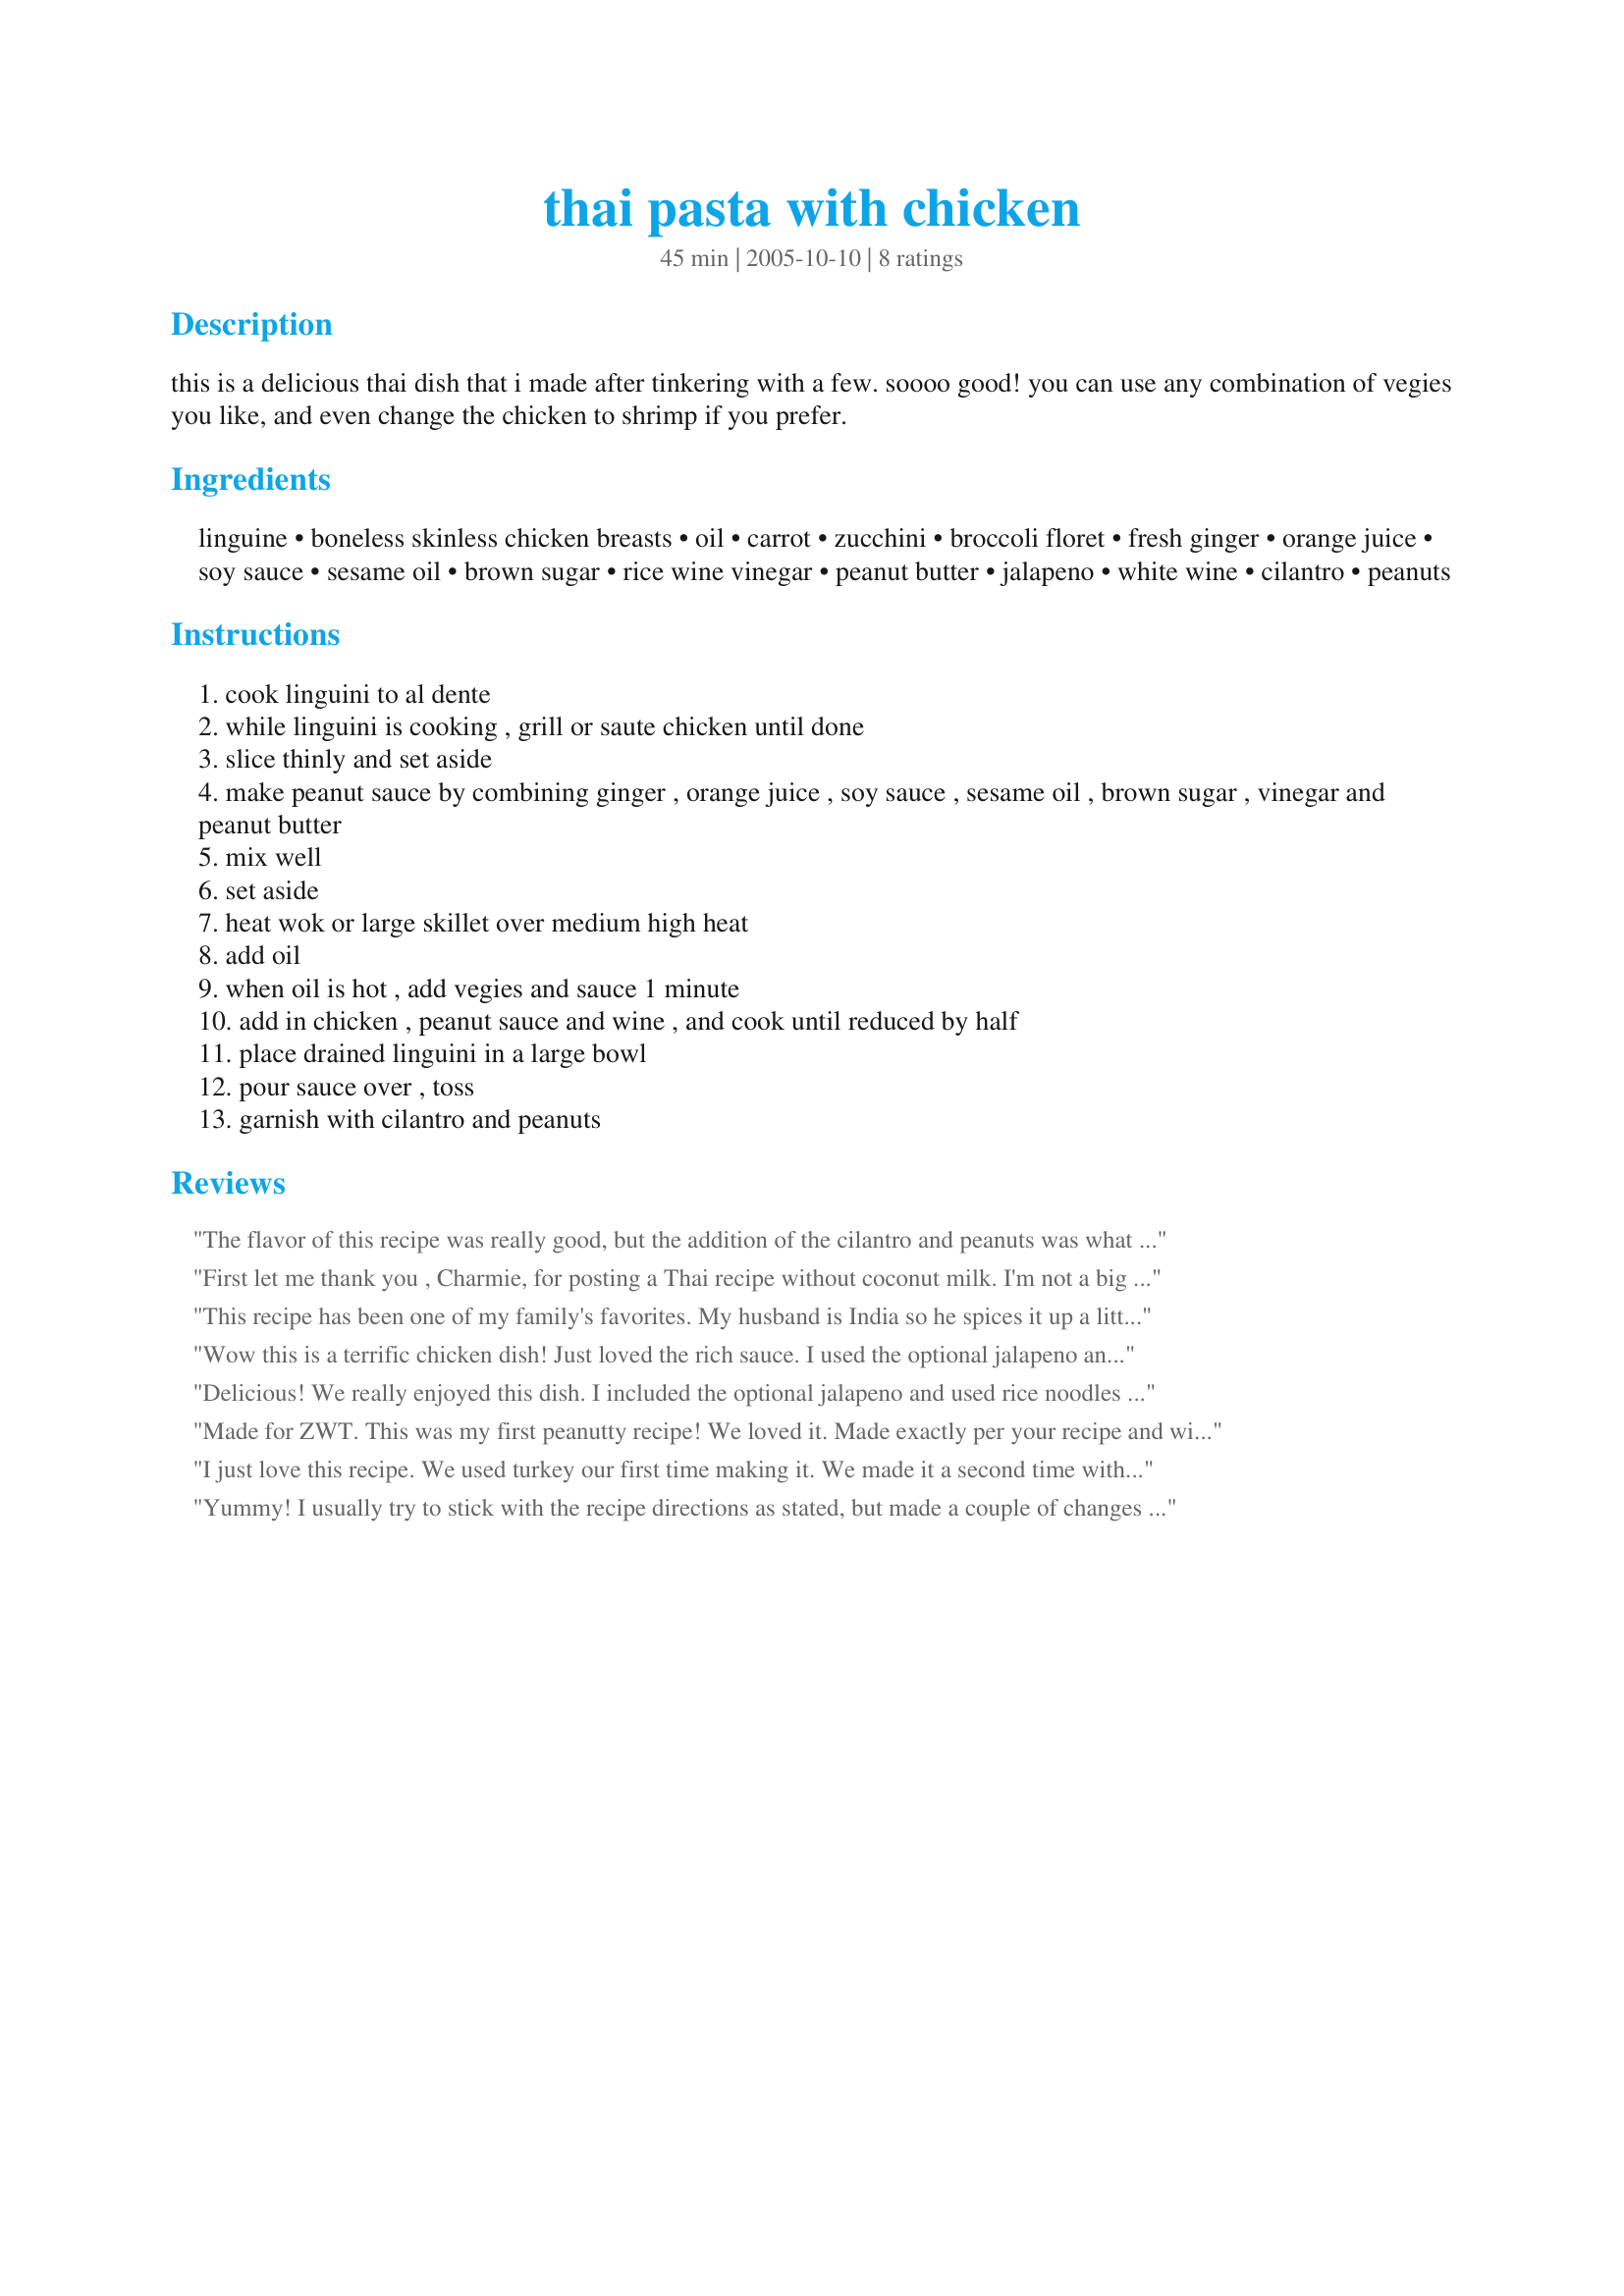
thai pasta with chicken
Preparation time: 45 minutes

this is a delicious thai dish that i made after tinkering with a few. soooo good! you can use any combination of vegies you like, and even change the chicken to shrimp if you prefer.

Ingredients:
linguine, boneless skinless chicken breasts, oil, carrot, zucchini, broccoli floret, fresh ginger, orange juice, soy sauce, sesame oil, brown sugar, rice wine vinegar, peanut butter, jalapeno, white wine, cilantro, peanuts

Steps:
cook linguini to al dente
while linguini is cooking , grill or saute chicken until done
slice thinly and set aside
make peanut sauce by combining ginger , orange juice , soy sauce , sesame oil , brown sugar , vinegar and peanut butter
mix well
set aside
heat wok or large skillet over medium high heat
add oil
when oil is hot , add vegies and sauce 1 minute
add in chicken , peanut sauce and wine , and cook until reduced by half
place drained linguini in a large bowl
pour sauce over , toss
garnish with cilantro and peanuts

Reviews:
The flavor of this recipe was really good, but the addition of the cilantro and peanuts was what made this dish awesome. 
Thank you!!
Reviewed for ZWT4-The Mamma Mias
First let me thank you , Charmie, for posting a Thai recipe without coconut milk. I'm not a big fan, but I love the other flavors in Thai cooking so this was right up my alley. I cooked after a full day of work and several hours of yard work so I accidently thawed shrimp instead of chicken. Hey, guess what!?? It works great with shrimp too! :)
We added a teaspoon of sambal oeleck for extra spice, skipped the cilantro, and served tossed with soba noodles as a matter of preference. DS said it reheated well since he had it late that night after work. Easy to swap veggies around too. Made for ZWT 4, and again very soon for a yummy summer stir-fry.
This recipe has been one of my family's favorites. My husband is India so he spices it up a little differently and we will be making the recipe for a friends 16th birthday because it is her favorite meal. Charmie, thanks for posting this with the easy way to change the number of portions!
Wow this is a terrific chicken dish! Just loved the rich sauce. I used the optional jalapeno and thought the spice from that was perfect and necessary in the peanut sauce. I had some leftover grilled chicken so used that; I had some wide egg noodles in the pantry so used those for the pasta. Great meal - thanks for sharing the recipe! Made for ZWT9, The Apron String Travelers
Delicious! We really enjoyed this dish. I included the optional jalapeno and used rice noodles instead of linguine due to food allergy. Thanks for sharing! ZWT6
Made for ZWT. This was my first peanutty recipe! We loved it. Made exactly per your recipe and will certainly make again.
I just love this recipe. We used turkey our first time making it. We made it a second time with chicken but left out the broccoli since we didn't have any. This is great and it's a keeper! Thanks so much!!
Yummy! I usually try to stick with the recipe directions as stated, but made a couple of changes on this one. I used baby carrots, sliced diagonally and didn't have a jalapeno, so used a few red chili flakes for the heat. I had a tomato that needed to be used and added it at the end. Although I did add peanuts, I forgot to add them for the picture, lol. This was a very good stir-fry that we enjoyed immensely. The sauce was very good and I think that we'll double it next time. Thanks Charmie for a stir-fry and sauce that we will repeat for sure.
